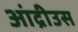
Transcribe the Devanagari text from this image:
आंद्रीउस